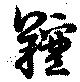
羶